Report on vaccination in Madras 1904-1921 - 1904-1921
Year: 1904
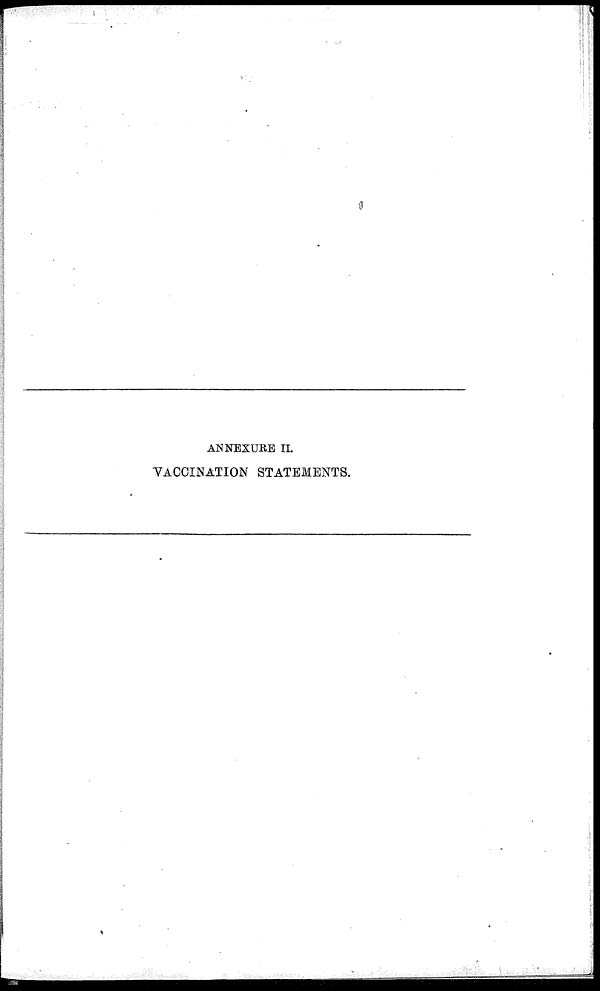
ANNEXURE II.
VACCINATION STATEMENTS.